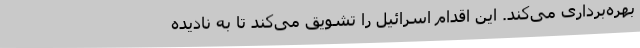
بهره‌برداری می‌کند. این اقدام اسرائیل را تشویق می‌کند تا به نادیده